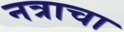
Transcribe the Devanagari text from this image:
नत्राचा